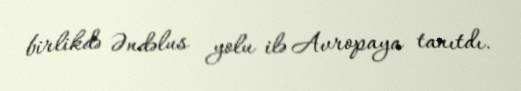
birlikdə Əndəlus yolu ilə Avropaya tanıtdı.